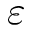
\varepsilon